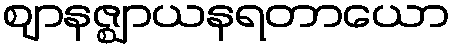
ဈာနဇ္ဈာယနရတာယော